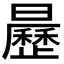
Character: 𣌅